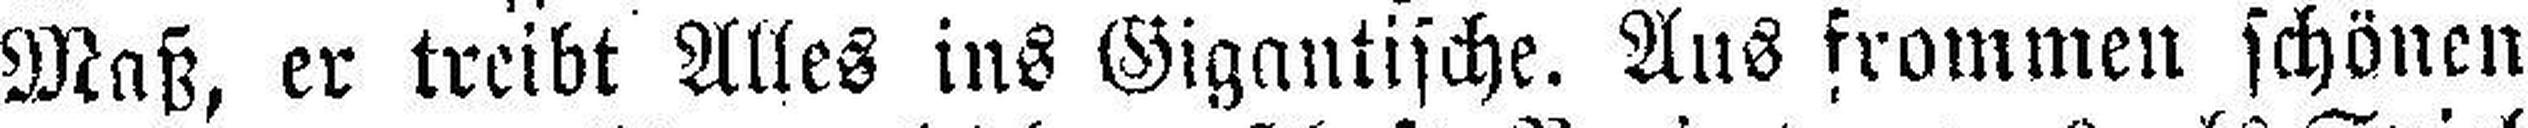
Maß, er treibt Alles ins Gigantische. Aus frommen schönen